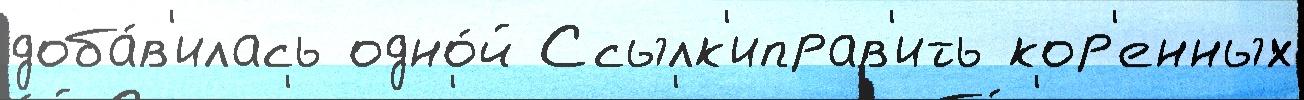
доба́в'илась одно́й Ссылк'иправ'ить кор'енных